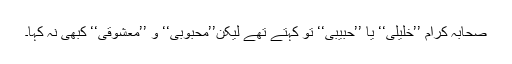
صحابہ کرام ’’خَلِیْلِیْ‘‘ یا ’’حَبِیْبِیْ‘‘ تو کہتے تھے لیکن’’مَحْبُوْبِی‘‘ و ’’َمَعْشُوْقِیْ‘‘ کبھی نہ کہا۔